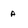
Character: a